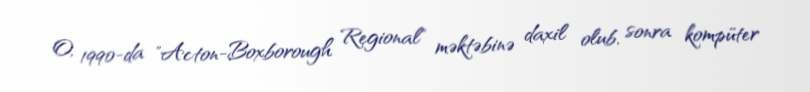
O, 1990-da "Acton-Boxborough Regional" məktəbinə daxil olub, sonra kompüter